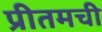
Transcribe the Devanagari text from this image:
प्रीतमची